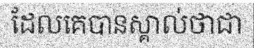
ដែលគេបានស្គាល់ថាជា